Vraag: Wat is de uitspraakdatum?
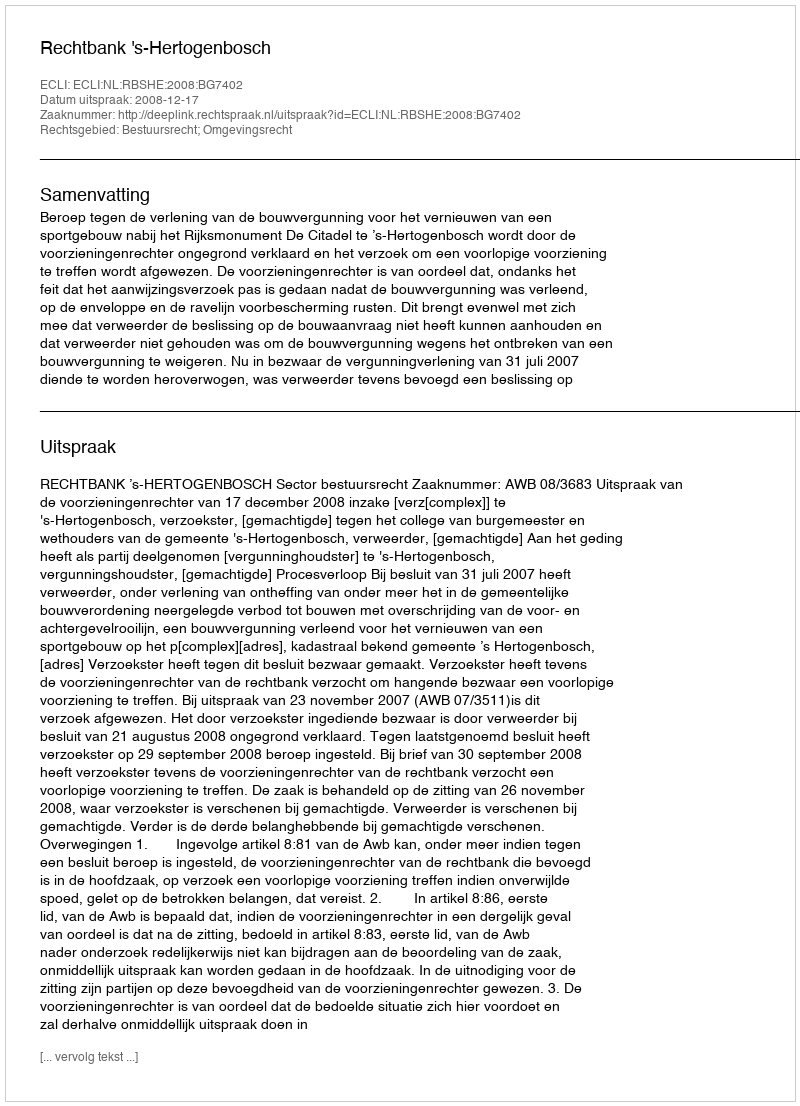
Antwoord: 2008-12-17